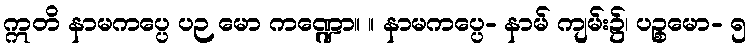
ဣတိ နာမကပ္ပေ ပဉ မော ကဏ္ဍော။ ။ နာမကပ္ပေ- နာမ် ကျမ်း၌၊ ပဉ္စမော- ၅